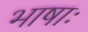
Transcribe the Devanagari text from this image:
भाषाः